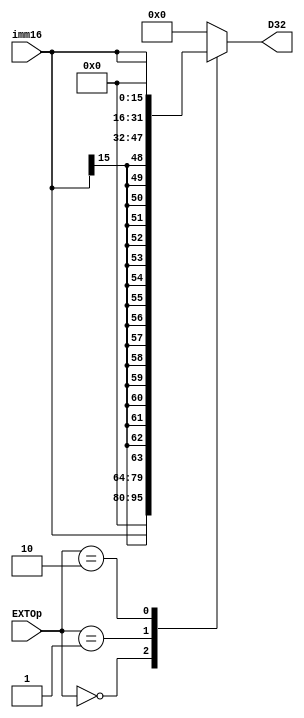
`timescale 1ns / 1ps

module ext(
    input [15:0] imm16,
    input [1:0] EXTOp,
    output reg [31:0] D32
);

always @(*) begin
    case (EXTOp)
        2'b00: D32 = {16'd0,imm16}; 
        2'b01: D32 = {{16{imm16[15]}},imm16}; 
        2'b10: D32 = {imm16,16'd0}; 
        default: D32 = 0;
    endcase
end

endmodule // ext